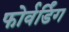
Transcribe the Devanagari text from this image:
फोर्वर्डिंग